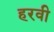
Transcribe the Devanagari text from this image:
हरवी